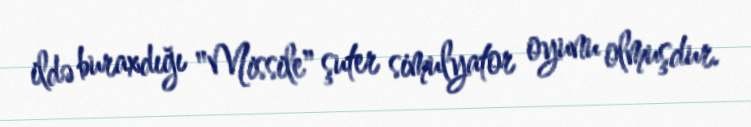
ildə buraxdığı "Missile" şuter simulyator oyunu olmuşdur.